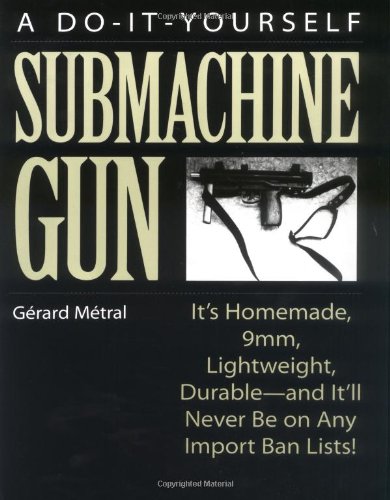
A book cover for The Do-it-Yourself Submachine Gun: It's Homemade, 9mm, Lightweight, Durable-And It'll Never Be On Any Import Ban Lists!; Gerard Metral; Crafts, Hobbies & Home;